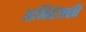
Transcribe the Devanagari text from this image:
अभिरंजकी